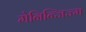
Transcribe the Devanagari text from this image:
मेनिन्जिज्म